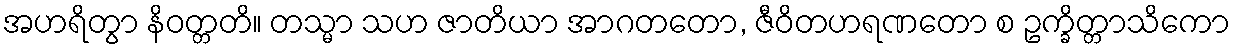
အဟရိတွာ နိဝတ္တတိ။ တသ္မာ သဟ ဇာတိယာ အာဂတတော, ဇီဝိတဟရဏတော စ ဥက္ခိတ္တာသိကော